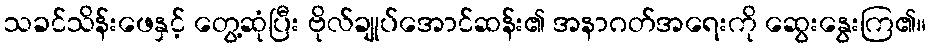
သခင်သိန်းဖေနှင့် တွေ့ဆုံပြီး ဗိုလ်ချုပ်အောင်ဆန်း၏ အနာဂတ်အရေးကို ဆွေးနွေးကြ၏။